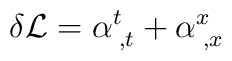
\delta {\cal L}  = \alpha^{t}_{\; ,t} + \alpha^{x}_{\; ,x}